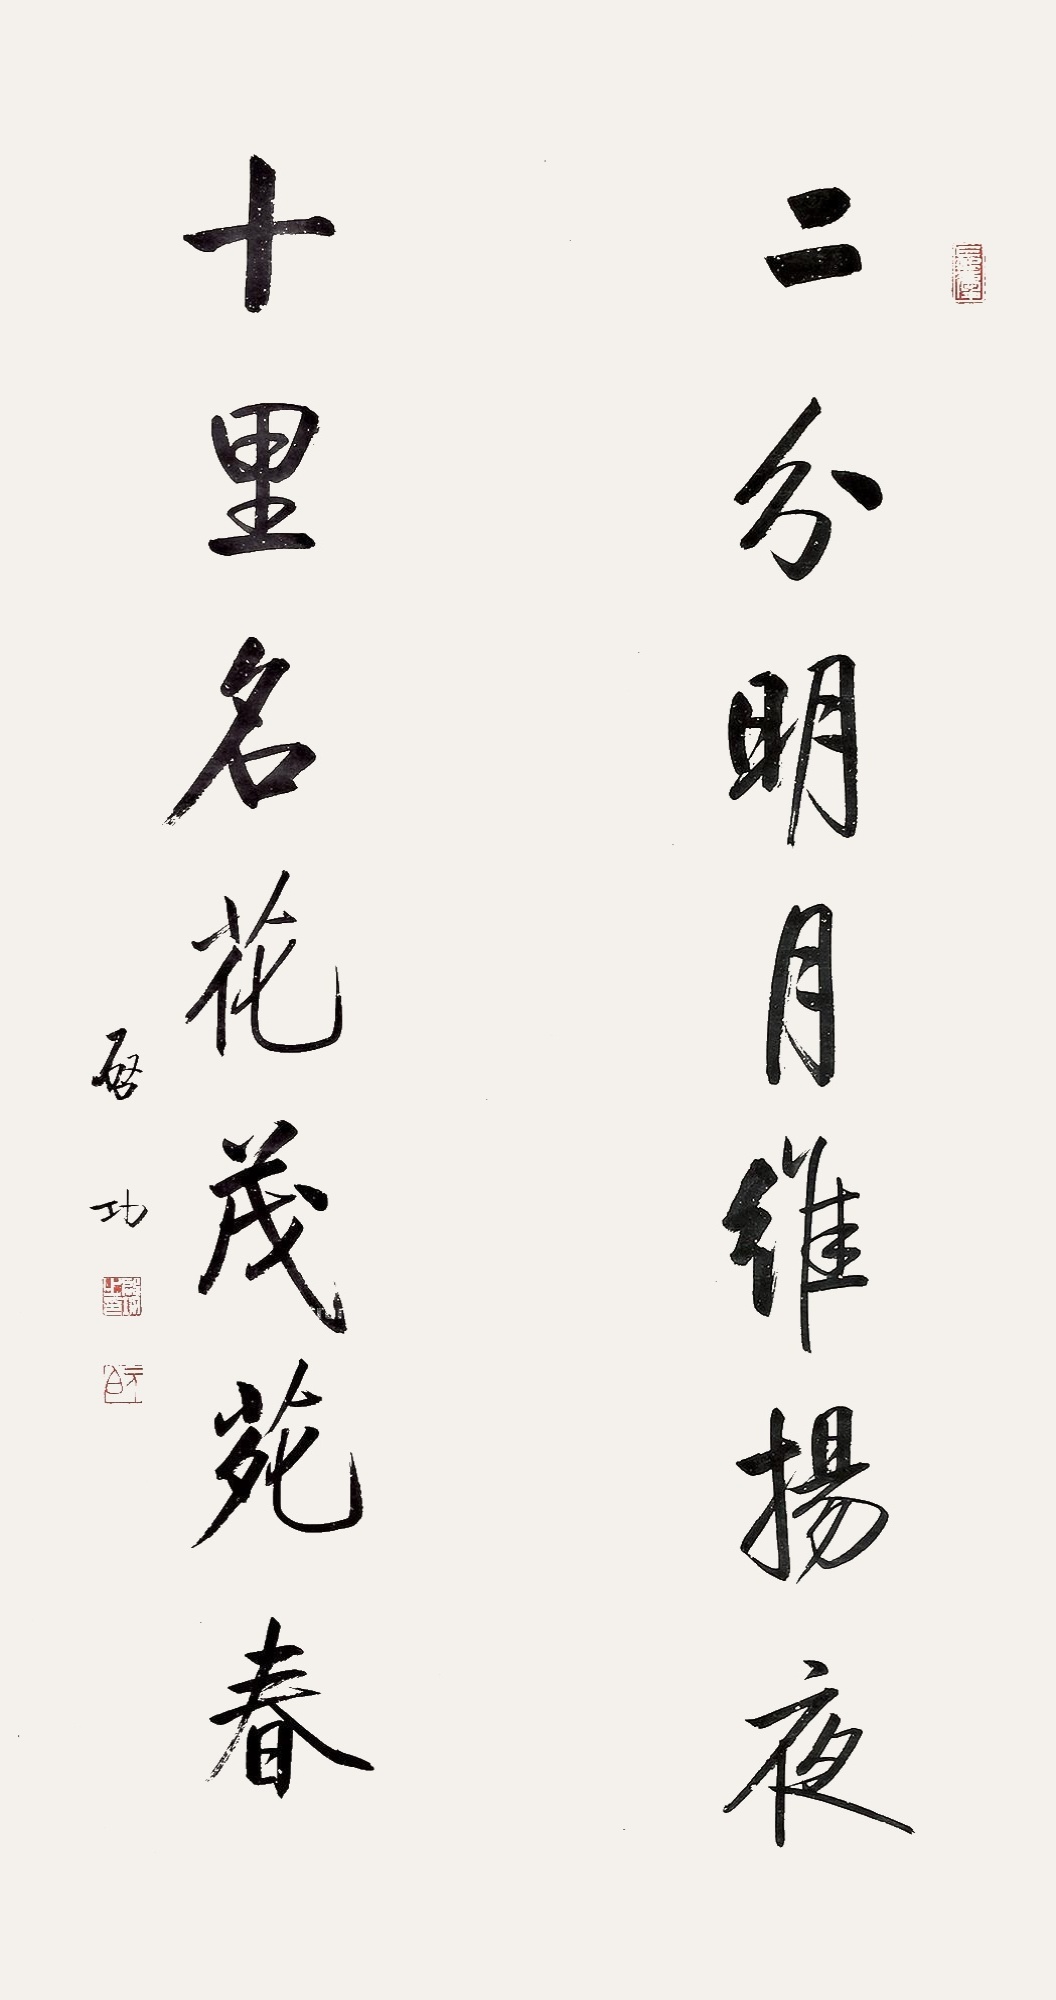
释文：二分明月维扬夜，十里名花茂苑春。启功。